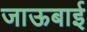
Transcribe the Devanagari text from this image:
जाऊबाई